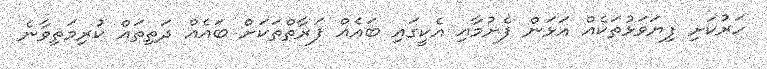
ހަރުކަށި ފިޔަވަޅުތަކެއް އަޅަން ފެށުމާއި އެކީގައި ބައެއް ފަރާތްތަކަށް ބައެއް ދަތިތައް ކުރިމަތިވާނެ